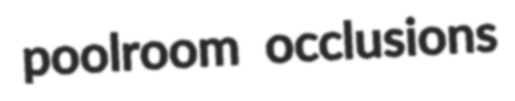
poolroom occlusions